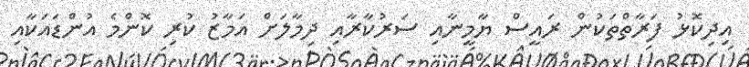
އިދިކޮޅު ފަރާތްތަކުން ރައީސް ޔާމީނާއި ސަރުކާރާއި ދިމާލަށް އަމާޒު ކުރި ކޮންމެ އުންޑައަކާއި